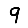
Digit: 9